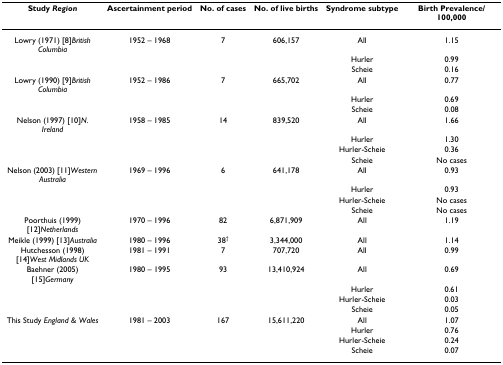
| Study Region | Ascertainment period | No. of cases | No. of live births | Syndrome subtype | Birth Prevalence/100,000 |
 | --- | --- | --- | --- | --- | --- |
 | Lowry (1971) [8]British Columbia | 1952 – 1968 | 7 | 606,157 | All | 1.15 |
 |  |  |  |  | Hurler | 0.99 |
 |  |  |  |  | Scheie | 0.16 |
 | Lowry (1990) [9]British Columbia | 1952 – 1986 | 7 | 665,702 | All | 0.77 |
 |  |  |  |  | Hurler | 0.69 |
 |  |  |  |  | Scheie | 0.08 |
 | Nelson (1997) [10]N. Ireland | 1958 – 1985 | 14 | 839,520 | All | 1.66 |
 |  |  |  |  | Hurler | 1.30 |
 |  |  |  |  | Hurler-Scheie | 0.36 |
 |  |  |  |  | Scheie | No cases |
 | Nelson (2003) [11]Western Australia | 1969 – 1996 | 6 | 641,178 | All | 0.93 |
 |  |  |  |  | Hurler | 0.93 |
 |  |  |  |  | Hurler-Scheie | No cases |
 |  |  |  |  | Scheie | No cases |
 | Poorthuis (1999) [12]Netherlands | 1970 – 1996 | 82 | 6,871,909 | All | 1.19 |
 | Meikle (1999) [13]Australia | 1980 – 1996 | 38† | 3,344,000 | All | 1.14 |
 | Hutchesson (1998) [14]West Midlands UK | 1981 – 1991 | 7 | 707,720 | All | 0.99 |
 | Baehner (2005) [15]Germany | 1980 – 1995 | 93 | 13,410,924 | All | 0.69 |
 |  |  |  |  | Hurler | 0.61 |
 |  |  |  |  | Hurler-Scheie | 0.03 |
 |  |  |  |  | Scheie | 0.05 |
 | This Study England & Wales | 1981 – 2003 | 167 | 15,611,220 | All | 1.07 |
 |  |  |  |  | Hurler | 0.76 |
 |  |  |  |  | Hurler-Scheie | 0.24 |
 |  |  |  |  | Scheie | 0.07 |